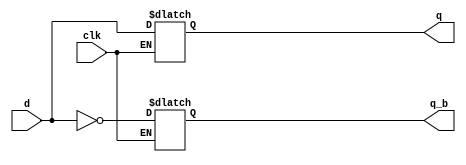
module dlatchen (
input d,clk,
output reg q,q_b);
always @(clk or d)
if (clk) begin
  q = d;
  q_b = ~q;
end
endmodule